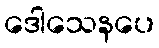
ဒေါသေနပေ